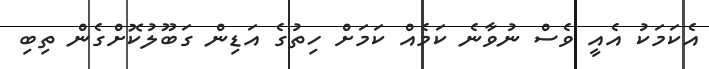
އެކަމަކު އެއީ ވެސް ނުވާނެ ކަމެއް ކަމަށް ހިތުގެ އަޑިން ގަބޫލުކޮށްގެން ތިބި